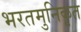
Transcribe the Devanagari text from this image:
भरतमुनिकृत